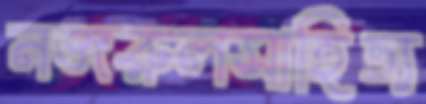
নজরুলসাহিত্য